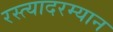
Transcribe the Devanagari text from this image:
रस्त्यादरम्यान